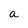
Character: a